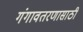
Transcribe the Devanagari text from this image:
गंगावतरणासाठी